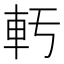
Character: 𫏲